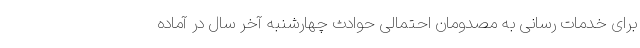
برای خدمات رسانی به مصدومان احتمالی حوادث چهارشنبه آخر سال در آماده